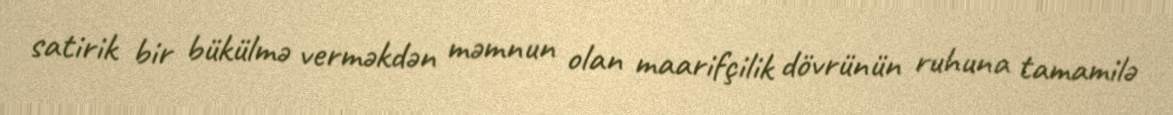
satirik bir bükülmə verməkdən məmnun olan maarifçilik dövrünün ruhuna tamamilə